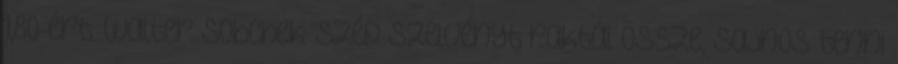
1,80-ért. Walter Sobchek: Szép szelvényt raktál össze, sajnos tenni